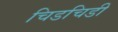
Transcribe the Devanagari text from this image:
चिडचिडी